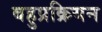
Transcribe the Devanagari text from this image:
बहुप्रक्रियन